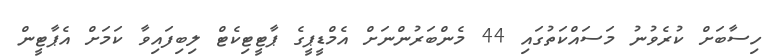
ހިސާބަށް ކުރެވުނު މަސައްކަތުގައި 44 މެންބަރުންނަށް އެމްޑީޕީގެ ޕާޓީޓިކެޓް ލިބިފައިވާ ކަމަށް އެޕާޓީން